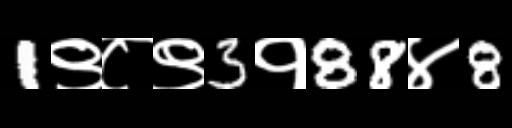
Text: 1९८९3१88४8